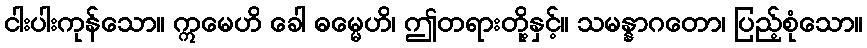
ငါးပါးကုန်သော။ ဣမေဟိ ခေါ ဓမ္မေဟိ၊ ဤတရားတို့နှင့်။ သမန္နာဂတော၊ ပြည့်စုံသော။